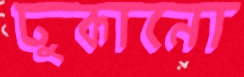
ঢুকানো